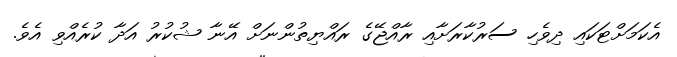
އެކަމަށްޓަކައި ދިވެހި ސަރުކާރަށާއި ރާއްޖޭގެ ރައްޔިތުންނަށް އޭނާ ޝުކުރު އަދާ ކުރެއްވި އެވެ.